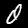
Label: 0